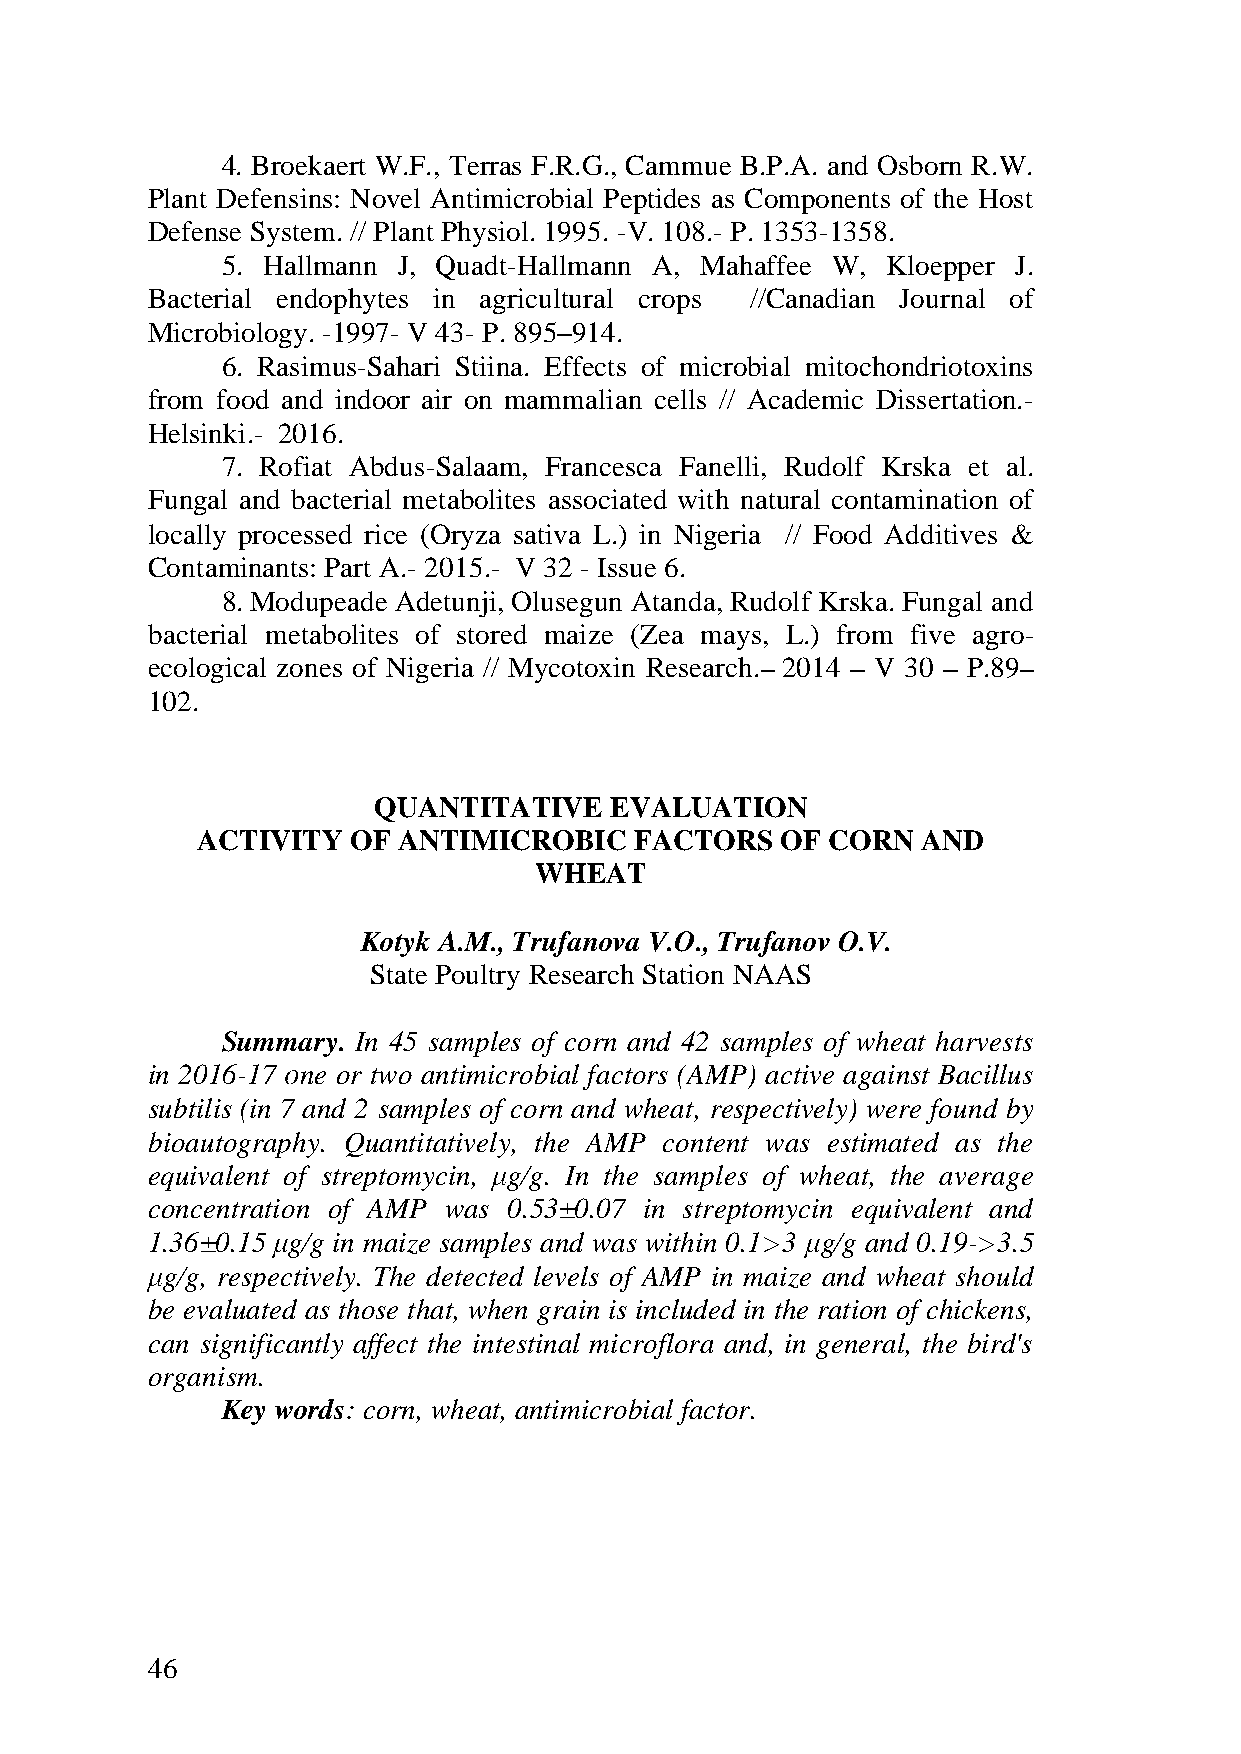
4. Broekaert W.F., Terras F.R.G., Cammue B.P.A. and Osborn R.W.
 Plant Defensins: Novel Antimicrobial Peptides as Components of the Host
 Defense System. // Plant Physiol. 1995. -V. 108.- P. 1353-1358.
 5. Hallmann J, Quadt-Hallmann A, Mahaffee W, Kloepper J.
 Bacterial endophytes in agricultural crops //Canadian Journal of
 Microbiology. -1997- V 43- P. 895 914.
 6. Rasimus-Sahari Stiina. Effects of microbial mitochondriotoxins
 from food and indoor air on mammalian cells // Academic Dissertation.-
 Helsinki.- 2016.
 7. Rofiat Abdus-Salaam, Francesca Fanelli, Rudolf Krska et al.
 Fungal and bacterial metabolites associated with natural contamination of
 locally processed rice (Oryza sativa L.) in Nigeria // Food Additives &
 Contaminants: Part A.- 2015.- V 32 - Issue 6.
 8. Modupeade Adetunji, Olusegun Atanda, Rudolf Krska. Fungal and
 bacterial metabolites of stored maize (Zea mays, L.) from five agro-
 ecological zones of Nigeria // Mycotoxin Research. 2014 V 30 P.89
 102.
 QUANTITATIVE   EVALUATION
 ACTIVITY  OF ANTIMICROBIC    FACTORS   OF CORN  AND
 WHEAT
 Kotyk A.M., Trufanova V.O., Trufanov O.V.
 State Poultry Research Station NAAS
 Summary. In 45 samples of corn and 42 samples of wheat harvests
 in 2016-17 ne or two antimicrobial factors (AMP) active against Bacillus
 subtilis (in 7 and 2 samples of corn and wheat, respectively) were found by
 bioautography. Quantitatively, the AMP content was estimated as the
 equivalent of streptomycin, g/g. In the samples of wheat, the average
 concentration of AMP was 0.53±0.07 in streptomycin equivalent and
 1.36±0.15 g/g in maize samples and was within 0.1>3 g/g and 0.19->3.5
 g/g, respectively. The detected levels of AMP in maize and wheat should
 be evaluated as those that, when grain is included in the ration of chickens,
 can significantly affect the intestinal microflora and, in general, the bird's
 organism.
 Key words: corn, wheat, antimicrobial factor.
 46